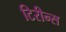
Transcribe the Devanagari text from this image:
टिरीन्स